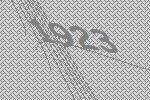
1923